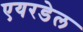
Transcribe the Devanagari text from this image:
एयरडेल